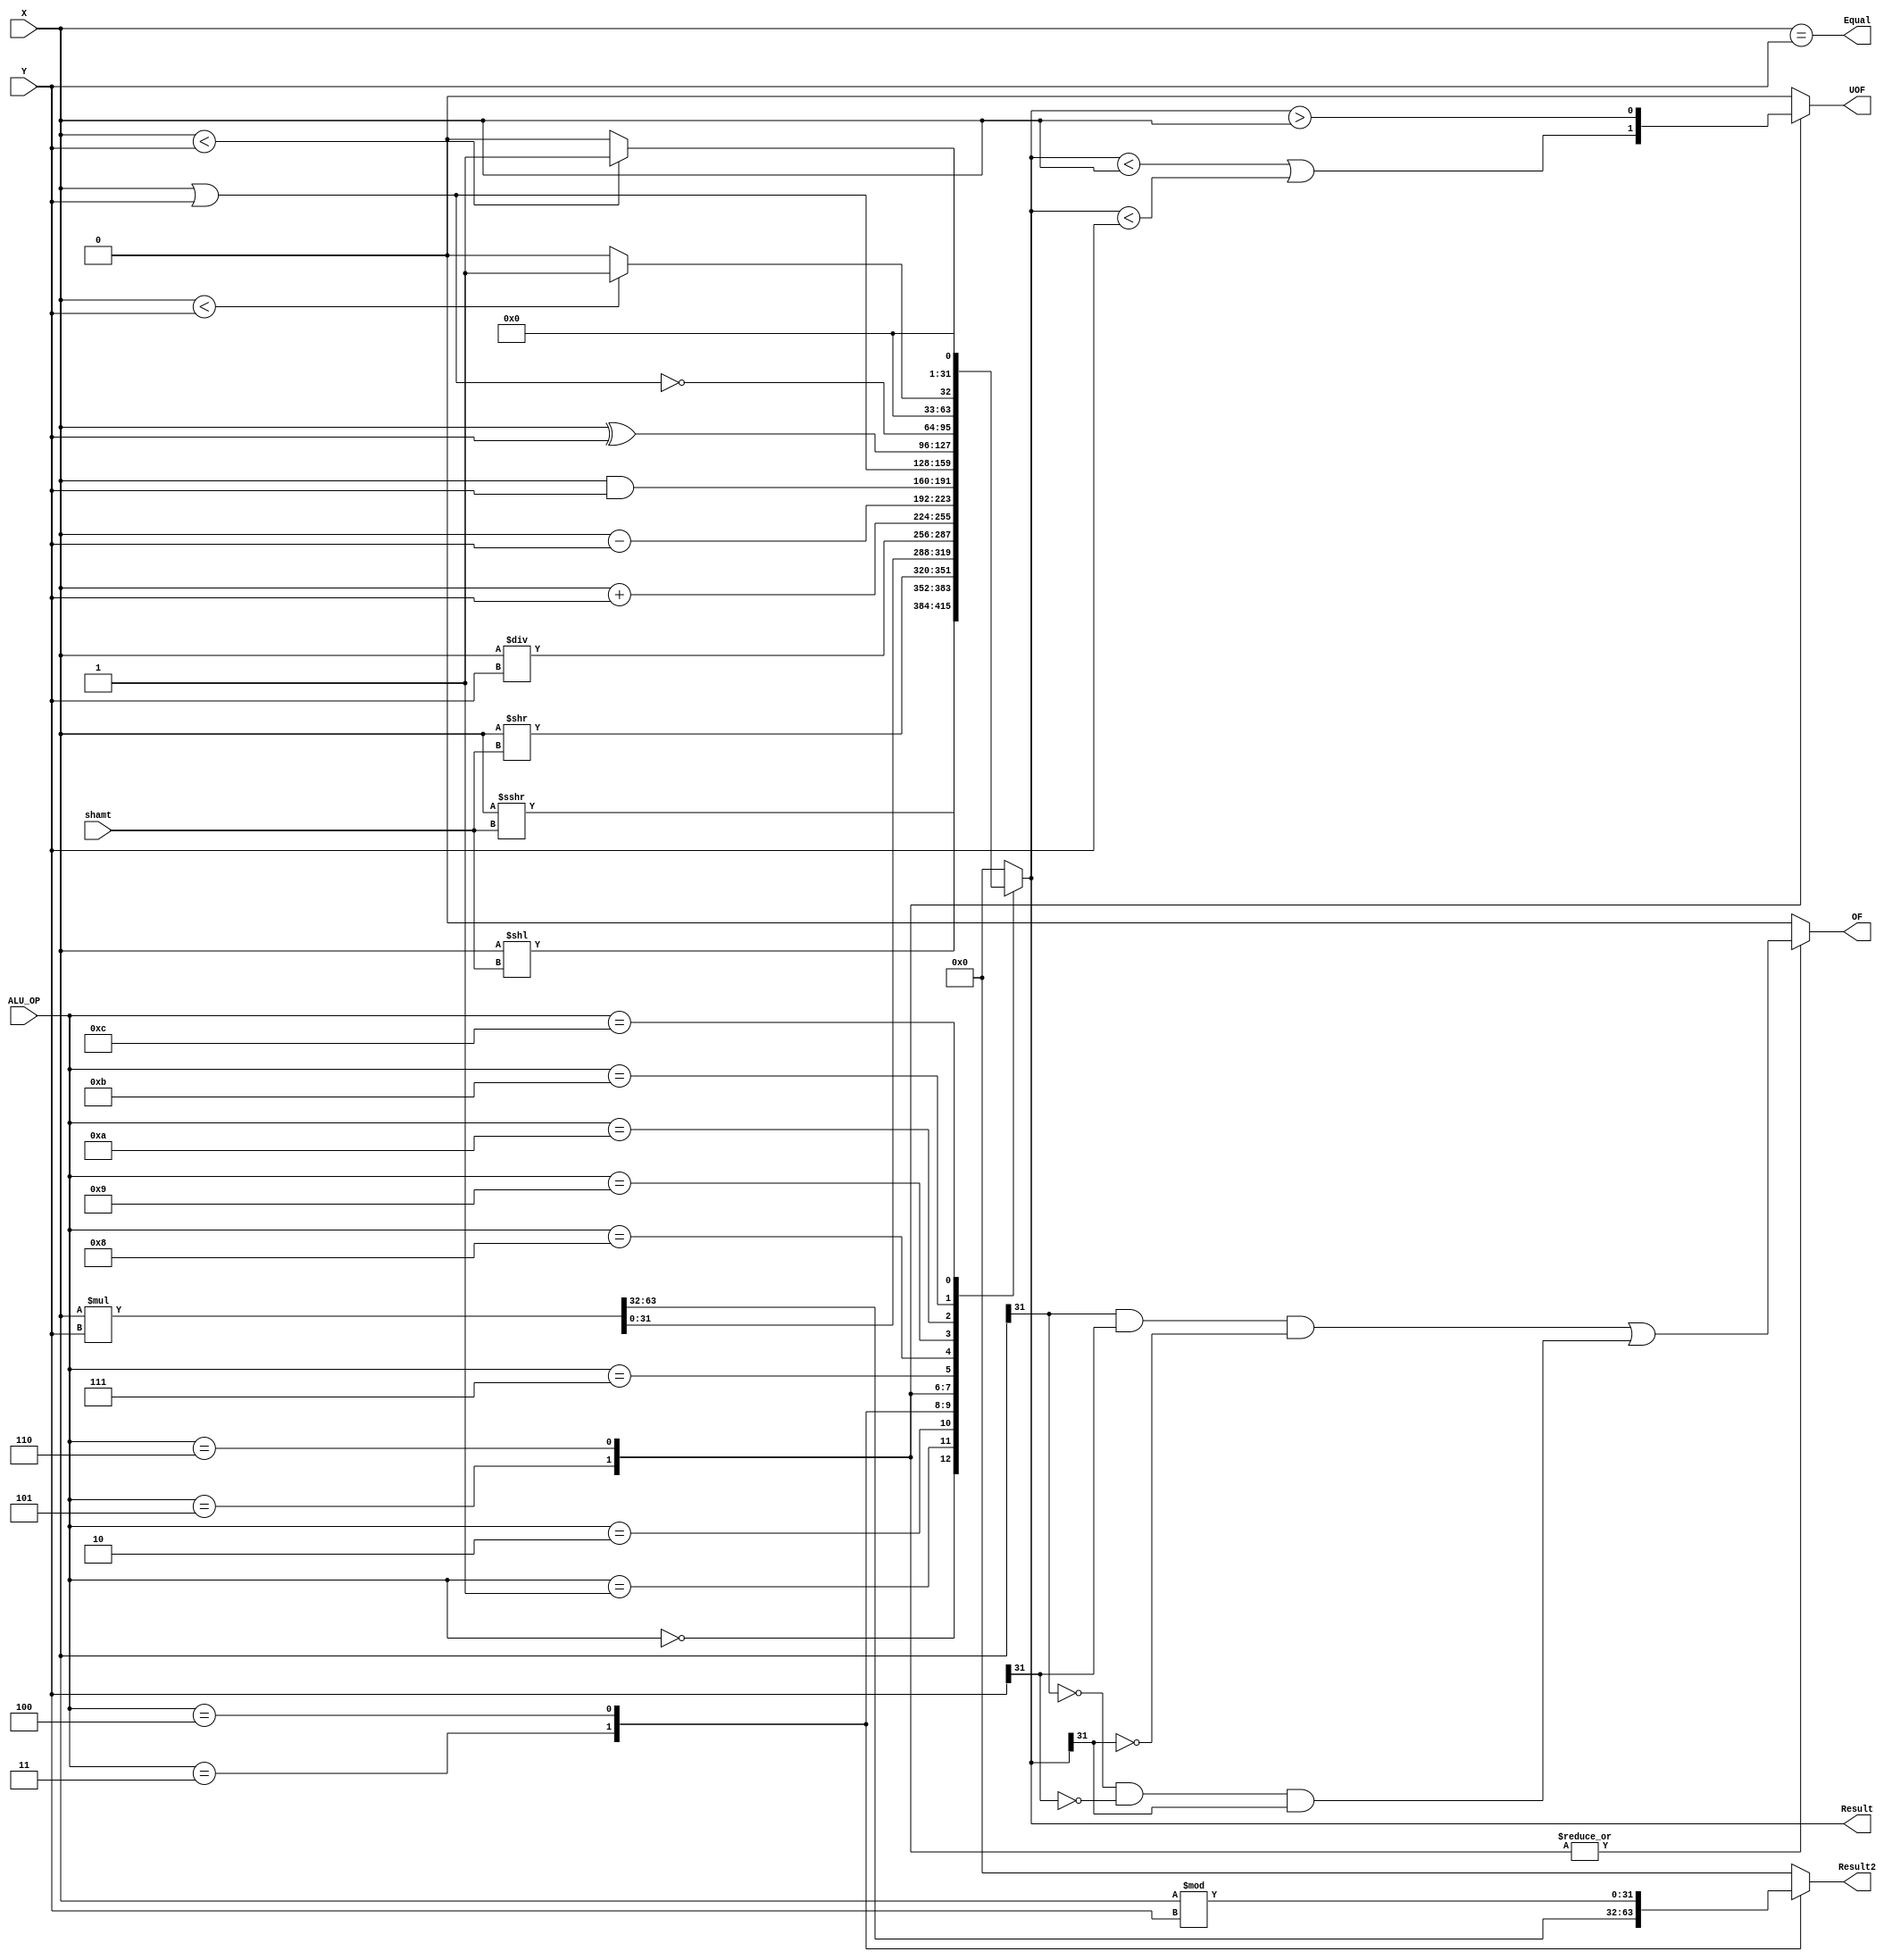
`timescale 1ns / 1ps
module ALU(
	input [31:0] X,
	input [31:0] Y,
	input [3:0] ALU_OP,	
    input [4:0] shamt,
	
	output reg [31:0] Result,
	output reg [31:0] Result2,	
	output reg OF,
	output reg UOF,
	output Equal
	);

	wire signed [31:0] shift_x;
	wire signed [31:0] shift_y;
	
	initial begin
		Result <= 0;
		Result2 <= 0;
        OF <= 0;
        UOF <= 0;
    end

	assign shift_y = {27'b0000_0000_0000_0000_0000_0000_000,shamt};
	assign shift_x = $signed(X) >>> shift_y;
	assign Equal = (X == Y); 
    
always@(*)
begin 
	case(ALU_OP)
	0:
		begin            
			Result <= X << shamt;
			Result2 <= 0; OF <= 0; UOF <= 0;
		end
	1:
		begin            
			Result <= shift_x;
			Result2 <= 0;OF <= 0; UOF <= 0;
		end
	2:
		begin            
			Result <= X >> shamt;
			Result2 <= 0;OF <= 0; UOF <= 0;
		end
	3:
		begin	
			{Result2, Result} <= $signed(X) * $signed(Y);
			OF <= 0; UOF <= 0;
		end
	4:
		begin            
			Result <= X / Y;
			Result2 <= X % Y;
			OF <= 0; UOF <= 0;
		end
	5:
		begin            
			Result <= X + Y;
			OF <= (X[31] & Y[31] & ~Result[31]) || (~X[31] & ~Y[31] & Result[31]);
			UOF <= (Result < X) || (Result < Y);
			Result2 <= 0;
		end
	6:
		begin            
			Result <= X - Y;
			OF <= (X[31] & Y[31] & ~Result[31]) || (~X[31] & ~Y[31] & Result[31]);
			UOF <= Result > X;
			Result2 <= 0;
		end
	7:
		begin            
			Result <= X & Y;
			Result2 <= 0;
			OF <= 0; UOF <= 0;
		end
	8:
		begin            
			Result <= X | Y;
			Result2 <= 0;
			OF <= 0; UOF <= 0;
		end
	9:
		begin            
			Result <= X ^ Y;
			Result2 <= 0;
			OF <= 0; UOF <= 0;
		end
	10:
		begin            
			Result <= ~(X | Y);
			Result2 <= 0;
			OF <= 0; UOF <= 0;
		end
	11:
		begin
			Result <= ($signed(X) < $signed(Y))? 1 : 0;
			Result2 <= 0;
			OF <= 0; UOF <= 0;
		end
	12:
		begin            
			Result <= (X < Y)? 1 : 0;
			Result2 <= 0;
			OF <= 0; UOF <= 0;
		end
	default:
	    begin
	       Result <= 0;
	       Result2 <= 0;
	       OF <= 0; UOF <= 0;
        end
	endcase
end
endmodule